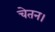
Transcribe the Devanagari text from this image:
चेतन।